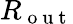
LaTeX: {R_{\mathrm{~o~u~t~}}}